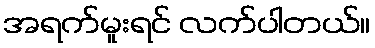
အရက်မူးရင် လက်ပါတယ်။